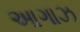
આગાઝ